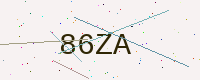
Text: 86ZA